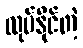
လုပ်နိုင်တဲ့